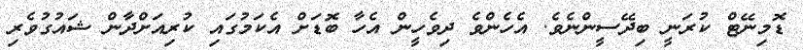
ޑޮމިނޭޓް ކުރަނީ ބިދޭސީންނެވެ. އެހެންވެ ދިވެހީން އެހާ ބޮޑަށް އެކަމުގައި ކުރިއަށްދާން ޝައުގުވެރި